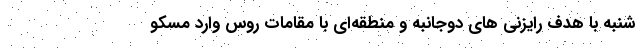
شنبه با هدف رایزنی های دوجانبه و منطقه‌ای با مقامات روس وارد مسکو